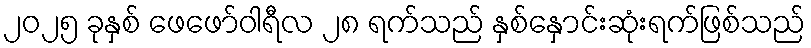
၂၀၂၅ ခုနှစ် ဖေဖော်ဝါရီလ ၂၈ ရက်သည် နှစ်နှောင်းဆုံးရက်ဖြစ်သည်